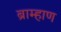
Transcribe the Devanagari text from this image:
ब्राम्हाण